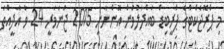
މި ޕްރޮޖެކްޓްގެ ޕްރީބިޑް ބައްދަލުވުން އޮންނާނީ 2015 ޖަނަވަރީ 24 ވާ އާދީއްތަ